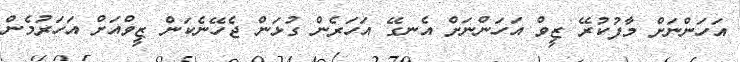
އަހަންނަށް މާފުކުރޭ ޒީވް އަހަންނަށް އެނގޭ އަހަރެން ގުޅަން ޖެހޭނެކަން ޒީވްއަށް އަހަރުމެން